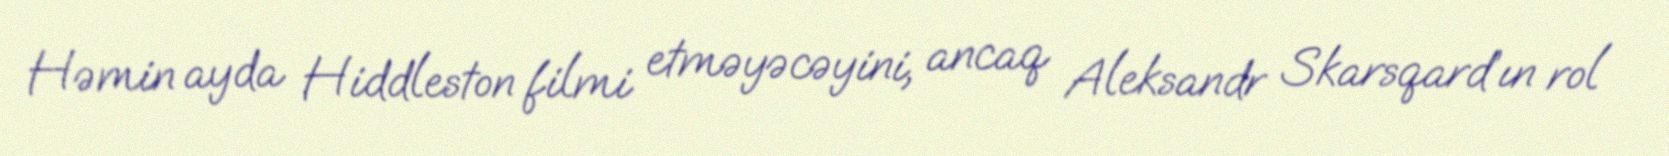
Həmin ayda Hiddleston filmi etməyəcəyini, ancaq Aleksandr Skarsqard’ın rol